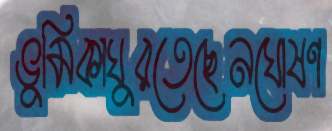
ভুমিকাঘুরতেছেনঘোষণ